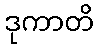
ဒုကာတိ